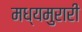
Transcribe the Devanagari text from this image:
मध्यमुरारी